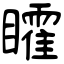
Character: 矐